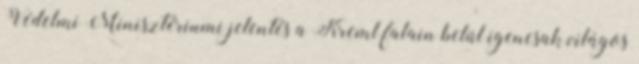
Védelmi Minisztériumi jelentés a Kreml falain belül igencsak világos